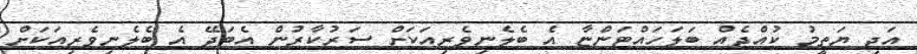
އަދި ޔަތީމު ކުއްޖެއް ބަލަހައްޓަންޏާ އެ ބެލެނިވެރިއަކަށް ސަރުކާރުން އެބަދޭ އެ ބެލެނިވެރިއަކަށް